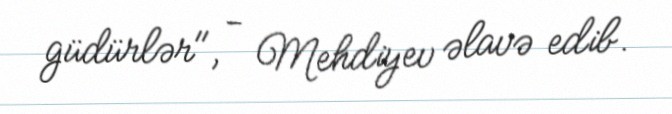
güdürlər", - Mehdiyev əlavə edib.